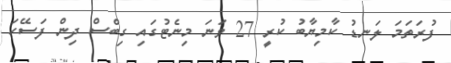
ފުރަތަމަ ލަނޑު ކާމިޔާބު ކުރީ 27 ވަނަ މިނެޓުގައި ގިބްސް ދިން ފަސޭހަ